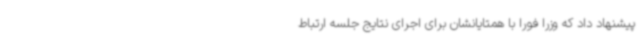
پیشنهاد داد که وزرا فورا با همتایانشان برای اجرای نتایج جلسه ارتباط